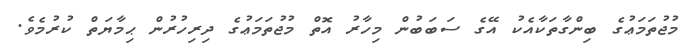
މުޖުތަމަޢުގެ ބިންގާތަކާއެކު އޭގެ ސަބަބުން މިހާރު އޮތް މުޖުތަމަޢުގެ ދިރިހުރުން ޙިމާޔަތް ކުރުމެވެ.